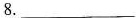
8.___